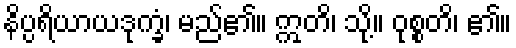
နိပ္ပရိယာယဒုက္ခံ၊ မည်၏။ ဣတိ၊ သို့။ ဝုစ္စတိ၊ ၏။